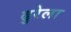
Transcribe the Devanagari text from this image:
ढुरेला